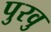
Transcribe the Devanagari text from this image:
पुरवु